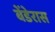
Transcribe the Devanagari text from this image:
बेंडेरास